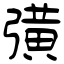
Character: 彉